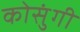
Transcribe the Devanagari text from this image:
कोसुंगी